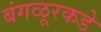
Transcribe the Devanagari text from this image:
बंगळूरकडे